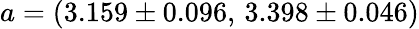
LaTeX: a=(3.159\pm 0.096,\, 3.398\pm 0.046)